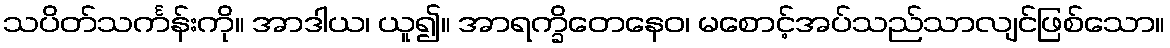
သပိတ်သင်္ကန်းကို။ အာဒါယ၊ ယူ၍။ အာရက္ခိတေနေဝ၊ မစောင့်အပ်သည်သာလျင်ဖြစ်သော။